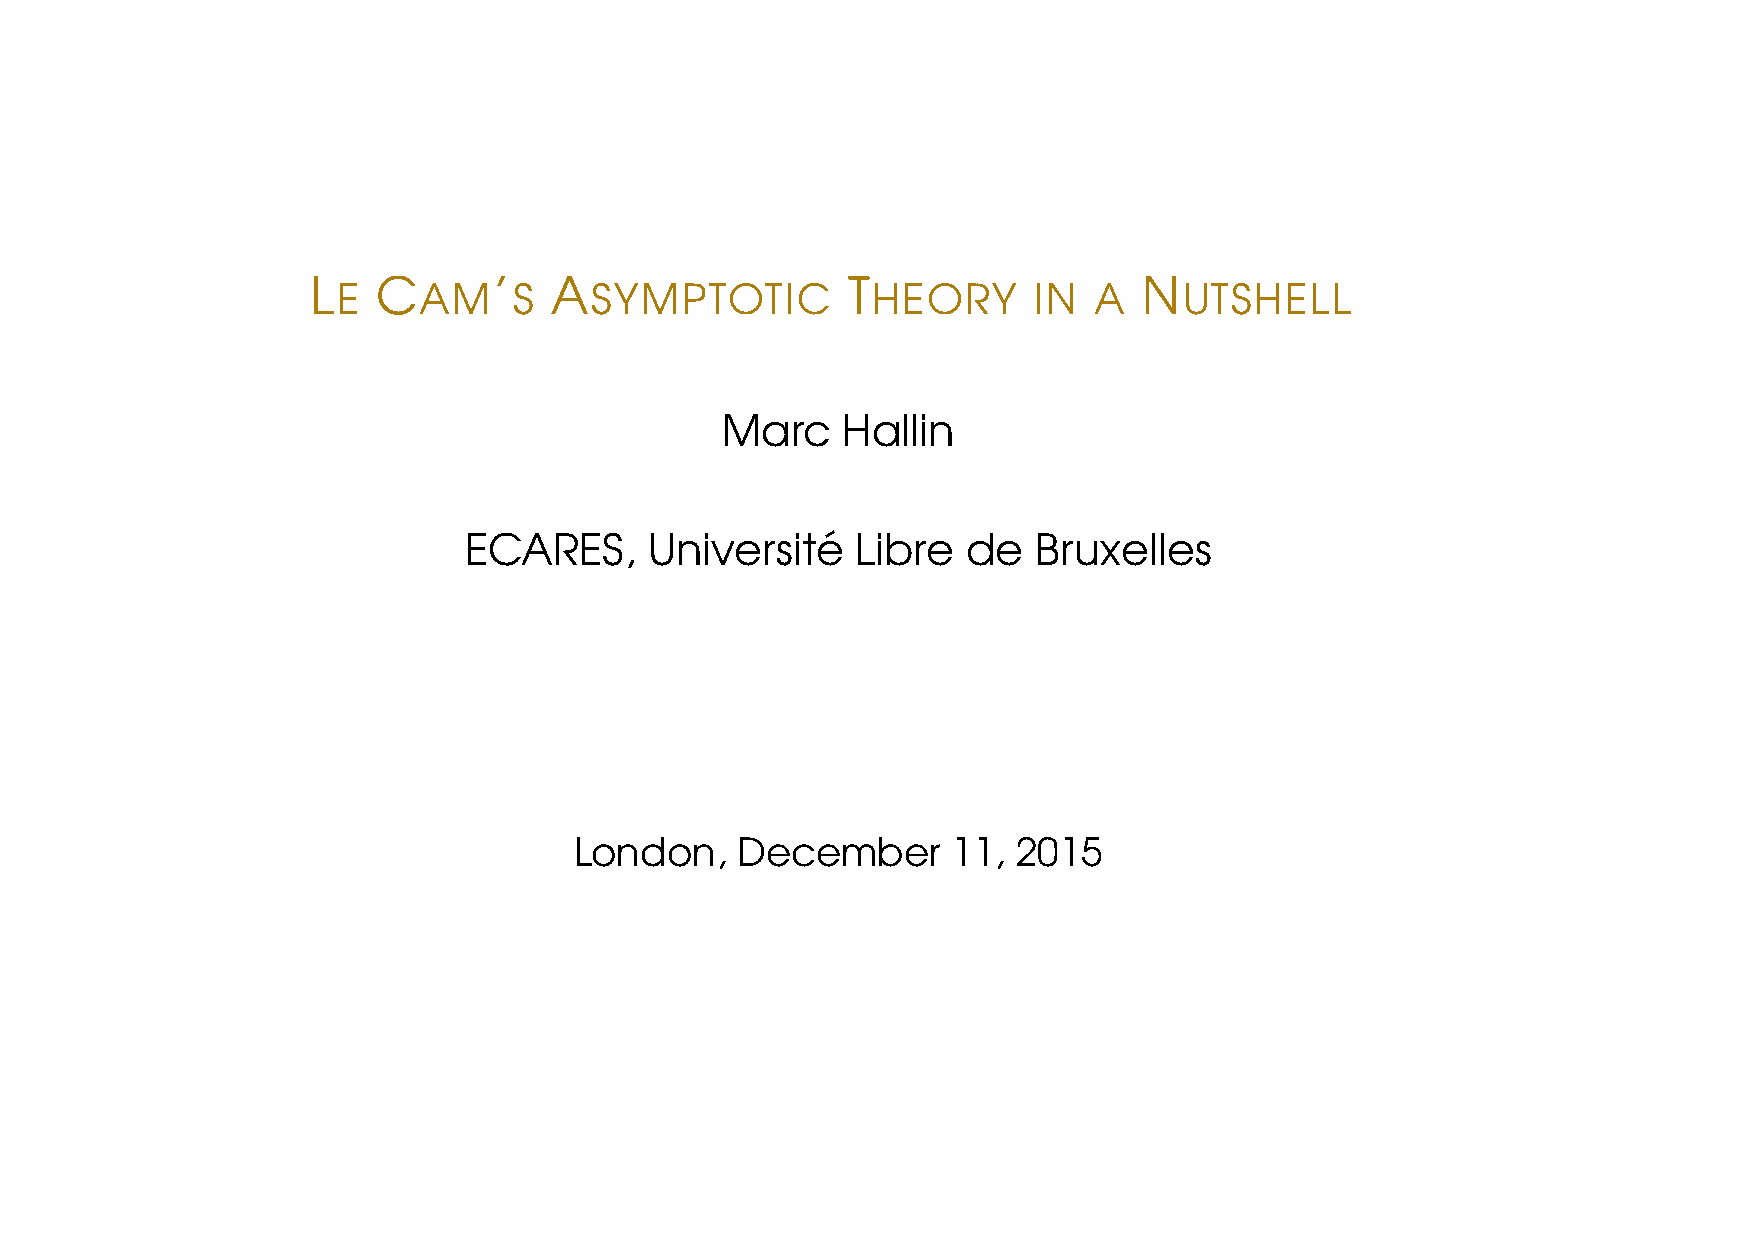
L   C       ’  A                   T                   N
 E     AM    S    SYMPTOTIC          HEORY     IN  A     UTSHELL
 Marc    Hallin
 ECARES,     Universite´   Libre  de   Bruxelles
 London,    December      11, 2015
 LE CAM’S ASYMPTOTIC THEORY IN A NUTSHELL –p.1/46